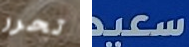
تحرر سعيد